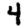
Digit: 4